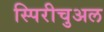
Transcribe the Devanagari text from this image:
स्पिरीचुअल